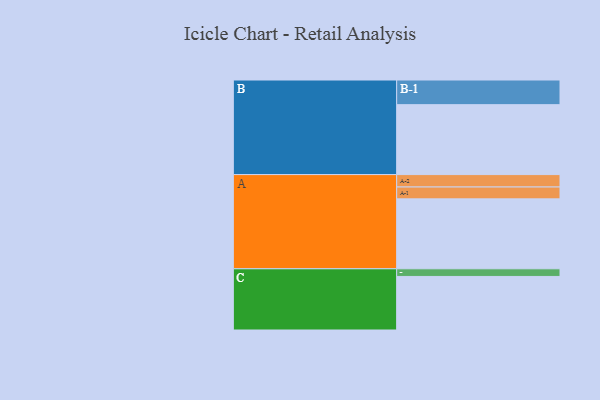
{"axis": {"x": "Segment", "y": "Value"}, "legend": ["", "A", "B", "C"], "data": [{"x": "A", "y": 530, "type": ""}, {"x": "B", "y": 530, "type": ""}, {"x": "C", "y": 406, "type": ""}, {"x": "A-1", "y": 90, "type": "A"}, {"x": "A-2", "y": 94, "type": "A"}, {"x": "B-1", "y": 187, "type": "B"}, {"x": "C-1", "y": 58, "type": "C"}]}